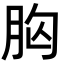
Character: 𮌍